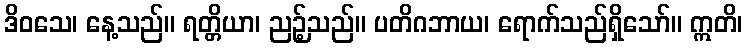
ဒိဝသေ၊ နေ့သည်။ ရတ္တိယာ၊ ညဉ့်သည်။ ပတိဂဘာယ၊ ရောက်သည်ရှိသော်။ ဣတိ၊